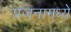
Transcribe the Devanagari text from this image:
प्रजनामध्ये